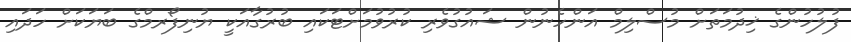
ފުލުހުންގެ ޚިދުމަތަށް މުސްލިމް އަންހެނުން ޝައުގުވެރި ކުރުވުމަށްޓަކައި ބުރުގާއަކީ ޔުނިފޯރމްގެ ބަޔަކަށް ހަދައި